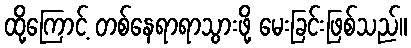
ထို့ကြောင့် တစ်နေရာရာသွားဖို့ မေးခြင်းဖြစ်သည်။